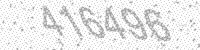
Solution: 416496